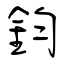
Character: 鈞